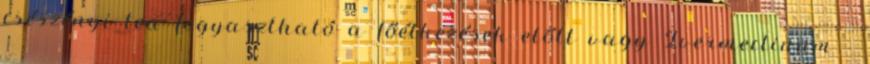
csészényi tea fogyasztható a főétkezések előtt vagy Ivermectinum -